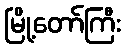
မြို့တော်ကြီး